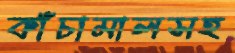
কাঁচামালসহ